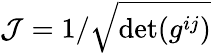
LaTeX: \mathcal{J}=1/\sqrt{\textrm{det}(g^{ij})}